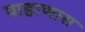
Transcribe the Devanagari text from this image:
पाहाणारा